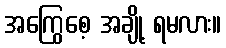
အကြွေစေ့ အချို့ ရမလား။